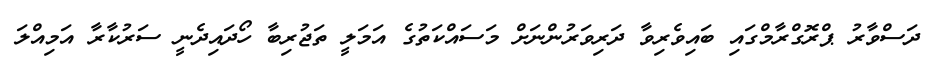
ދަސްވާރު ޕްރޮގްރާމްގައި ބައިވެރިވާ ދަރިވަރުންނަށް މަސައްކަތުގެ އަމަލީ ތަޖުރިބާ ހޯދައިދެނީ ސަރުކާރާ އަމިއްލަ